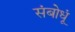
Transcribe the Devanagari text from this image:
संबोधूं